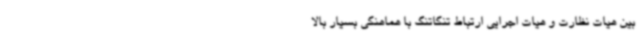
بین هیات نظارت و هیات اجرایی ارتباط تنگاتنگ با هماهنگی بسیار بالا